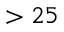
> 2 5